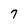
Character: 7